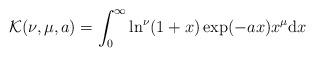
LaTeX: \begin{align*}\mathcal{K}(\nu, \mu, a) = \int_0^{\infty} \ln^\nu(1+x)\exp(-a x) x^{\mu} \mathrm{d}x\end{align*}